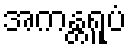
အကန္တရူပံ